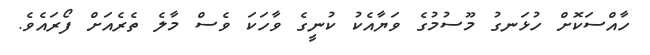
ހާއްސަކޮށް ހުޅަނގު މޫސުމުގެ ވަޔާއެކު ކުނީގެ ވާހަކަ ވެސް މާލެ ތެރެއަށް ފޯރައެވެ.